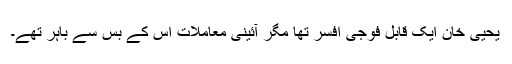
یحییٰ خان ایک قابل فوجی افسر تھا مگر آئینی معاملات اس کے بس سے باہر تھے۔